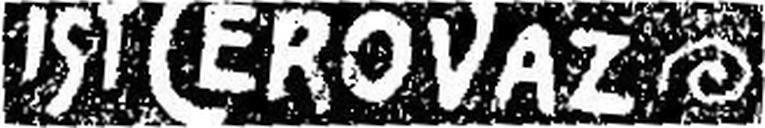
IST CEROVAZ